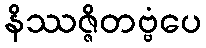
နိဿဇ္ဇိတဗ္ဗံပေ